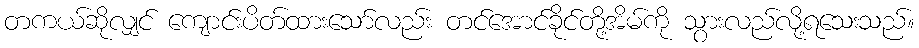
တကယ်ဆိုလျှင် ကျောင်းပိတ်ထားသော်လည်း တင်အောင်ခိုင်တို့အိမ်ကို သွားလည်လို့ရသေးသည်။